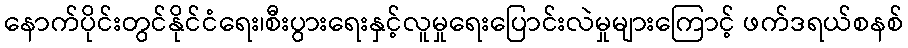
နောက်ပိုင်းတွင်နိုင်ငံရေး၊စီးပွားရေးနှင့်လူမှုရေးပြောင်းလဲမှုများကြောင့် ဖက်ဒရယ်စနစ်